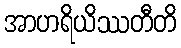
အာဟရိယိဿတီတိ